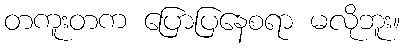
တကူးတက ပြောပြနေစရာ မလိုဘူး။